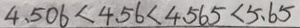
4 . 5 0 6 < 4 . 5 6 < 4 . 5 6 5 < 5 . 6 5